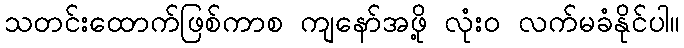
သတင်းထောက်ဖြစ်ကာစ ကျနော်အဖို့ လုံး၀ လက်မခံနိုင်ပါ။